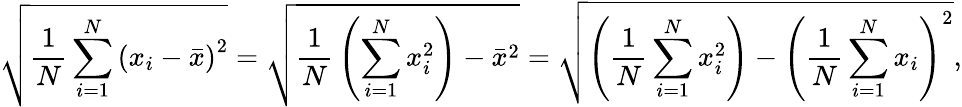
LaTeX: {\sqrt{{\frac{1}{N}}\sum_{i=1}^{N}\left(x_{i}-{\bar{x}}\right)^{2}}}={\sqrt{{\frac{1}{N}}\left(\sum_{i=1}^{N}x_{i}^{2}\right)-{\bar{x}}^{2}}}={\sqrt{\left({\frac{1}{N}}\sum_{i=1}^{N}x_{i}^{2}\right)-\left({\frac{1}{N}}\sum_{i=1}^{N}x_{i}\right)^{2}}},